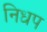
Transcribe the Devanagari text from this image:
निधप